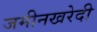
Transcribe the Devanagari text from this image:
जमीनखरेदी